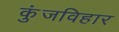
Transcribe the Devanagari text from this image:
कुंजविहार